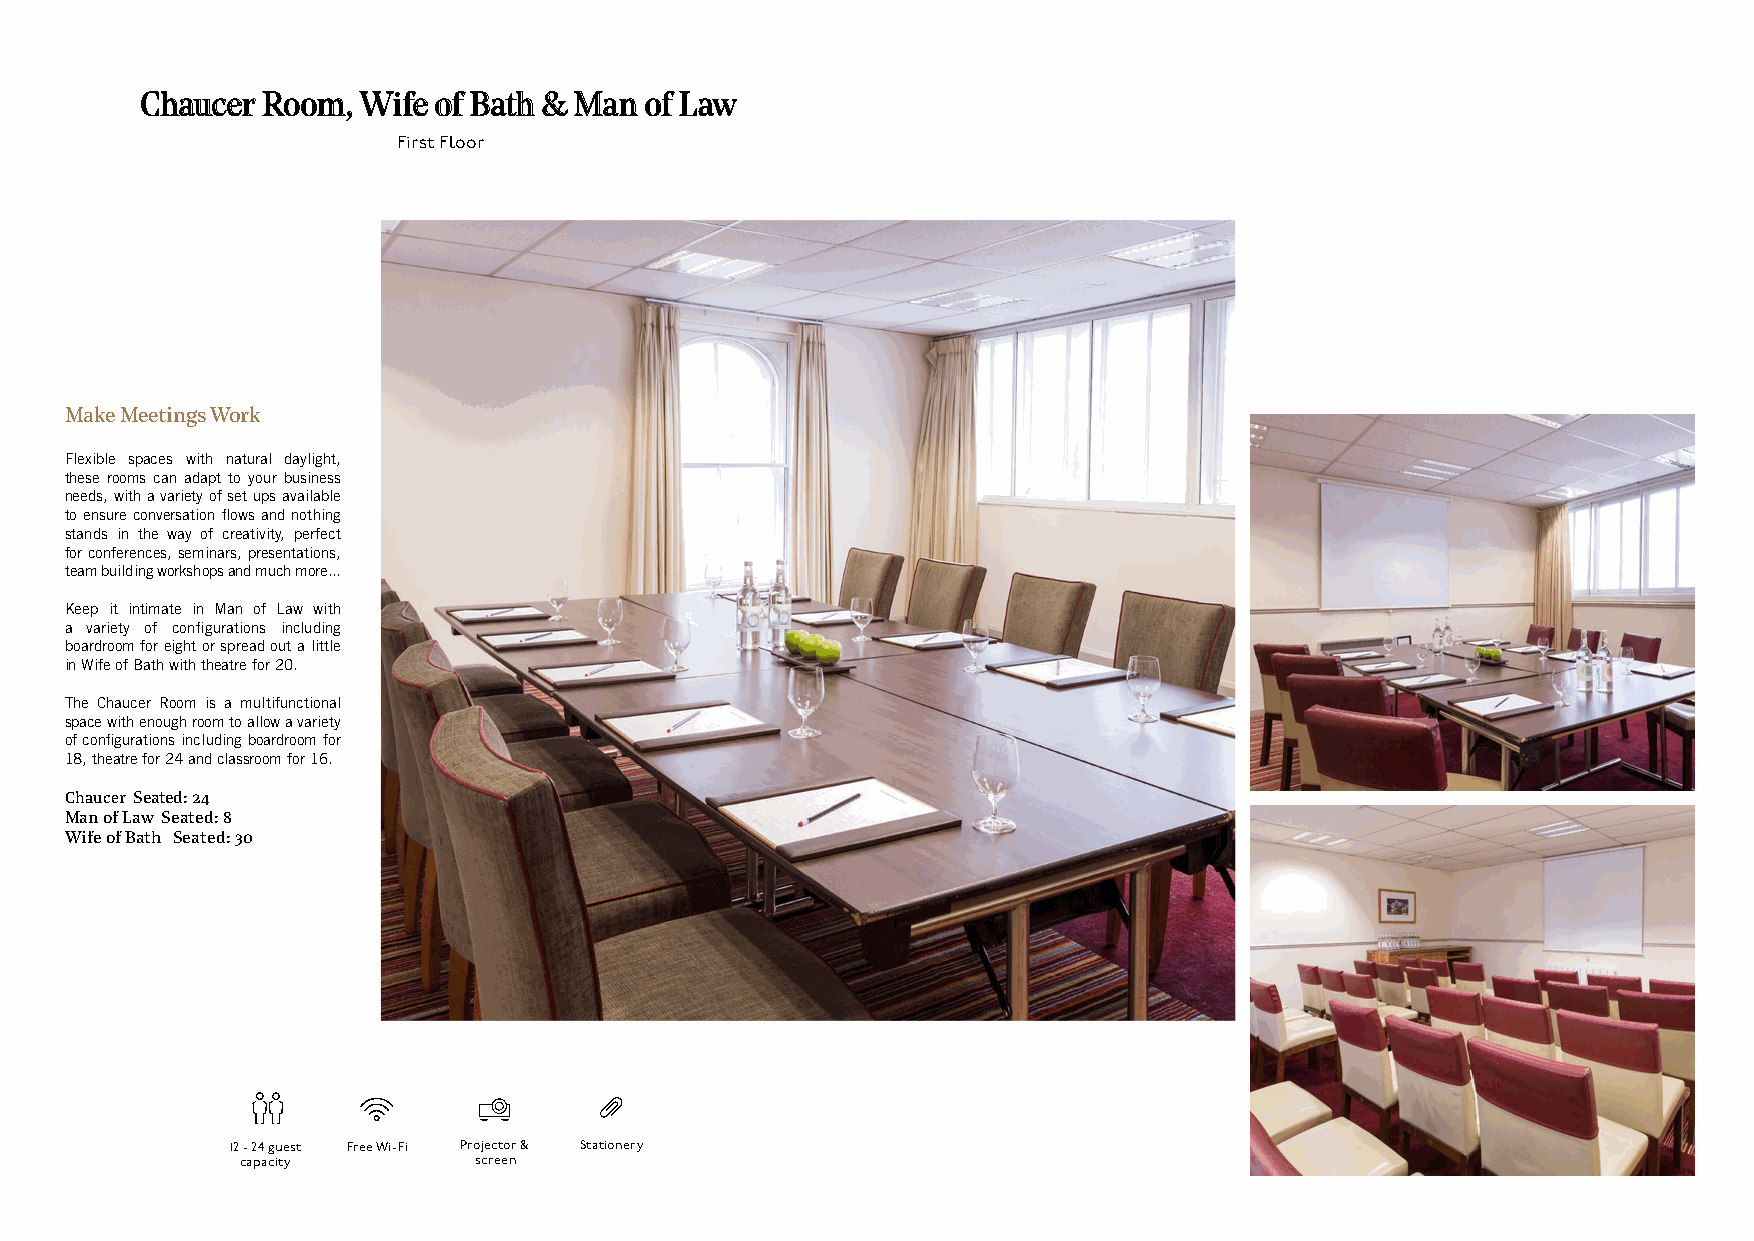
Chaucer Room,  Wife of Bath & Man of Law
 First Floor
 Make Meetings Work
 Flexible spaces with natural daylight,
 these rooms can adapt to your business
 needs, with a variety of set ups available
 to ensure conversation flows and nothing
 stands in the way of creativity, perfect
 for conferences, seminars, presentations,
 team building workshops and much more...
 Keep it intimate in Man of Law with
 a variety of configurations including
 boardroom for eight or spread out a little
 in Wife of Bath with theatre for 20.
 The Chaucer Room is a multifunctional
 space with enough room to allow a variety
 of configurations including boardroom for
 18, theatre for 24 and classroom for 16.
 Chaucer Seated: 24
 Man of Law Seated: 8
 Wife of Bath Seated: 30
 12 - 24 guest Free Wi-Fi Projector & Stationery
 capacity       screen